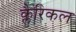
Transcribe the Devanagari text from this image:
क्लैरिकल